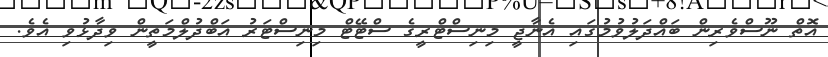
އޮތް ނޫސްވެރިން ބައްދަލުވުމުގައި އެނާޖީ މިނިސްޓްރީގެ ސްޓޭޓް މިނިސްޓަރު އަބްދުލްމަތީން ވިދާޅުވި އެވެ.